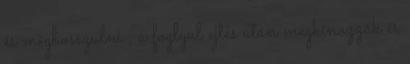
és megbosszulni , a foglyul ejtés után megkínozzák és